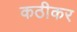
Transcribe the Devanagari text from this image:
कठीकर